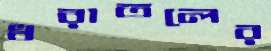
ধরাতলের